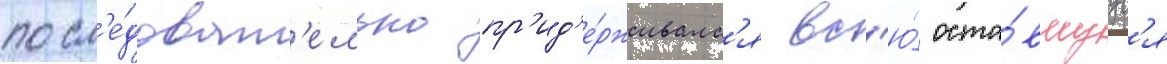
посл'е́доват'ельно пр'ид'е́рживалс'я вс'ю́ оста́вшуус'я